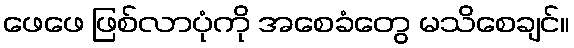
ဖေဖေ ဖြစ်လာပုံကို အစေခံတွေ မသိစေချင်။